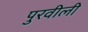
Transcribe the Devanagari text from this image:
पुरवीली